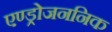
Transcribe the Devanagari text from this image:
एण्ड्रोजननिक